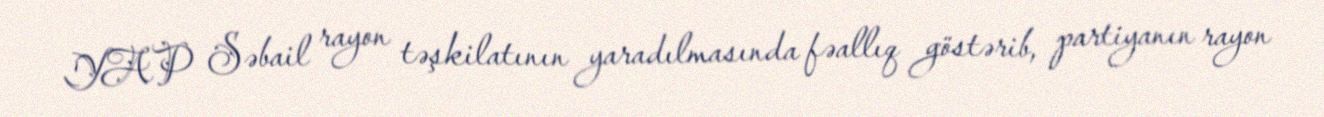
YAP Səbail rayon təşkilatının yaradılmasında fəallıq göstərib, partiyanın rayon